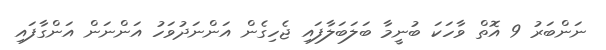
ނަންބަރު 9 އޮތް ވާހަކަ ބުނީމާ ބަލަބަލާފައި ޖެހިގެން އަންނަދުވަހު އަންނަން އަންގާފައި